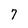
Character: 7